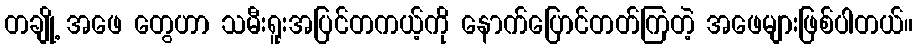
တချို့ အဖေ တွေဟာ သမီးရူးအပြင်တကယ့်ကို နောက်ပြောင်တတ်ကြတဲ့ အဖေများဖြစ်ပါတယ်။